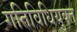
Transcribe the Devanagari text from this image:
गतिविधियुक्त